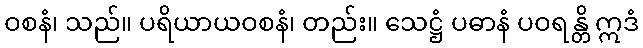
ဝစနံ၊ သည်။ ပရိယာယဝစနံ၊ တည်း။ သေဋ္ဌံ ပဓာနံ ပဝရန္တိ ဣဒံ